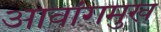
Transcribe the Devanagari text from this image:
आवांगमुख